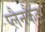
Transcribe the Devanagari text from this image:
प्लैनकैट